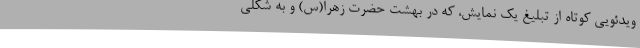
ویدئویی کوتاه از تبلیغ یک نمایش، که در بهشت حضرت زهرا(س) و به شکلی